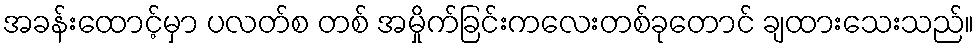
အခန်းထောင့်မှာ ပလတ်စ တစ် အမှိုက်ခြင်းကလေးတစ်ခုတောင် ချထားသေးသည်။